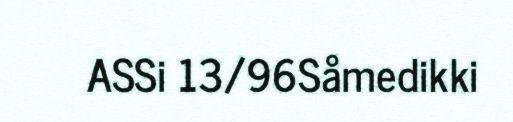
ASSi 13/96Såmedikki